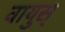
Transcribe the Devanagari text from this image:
वायुस्